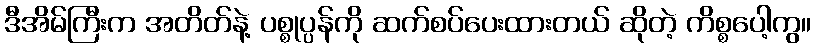
ဒီအိမ်ကြီးက အတိတ်နဲ့ ပစ္စုပ္ပန်ကို ဆက်စပ်ပေးထားတယ် ဆိုတဲ့ ကိစ္စပေါ့ကွ။